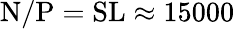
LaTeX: \mathrm{N}/\mathrm{P}=\mathrm{S}\mathrm{L}\approx 15000